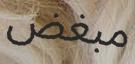
مبغض